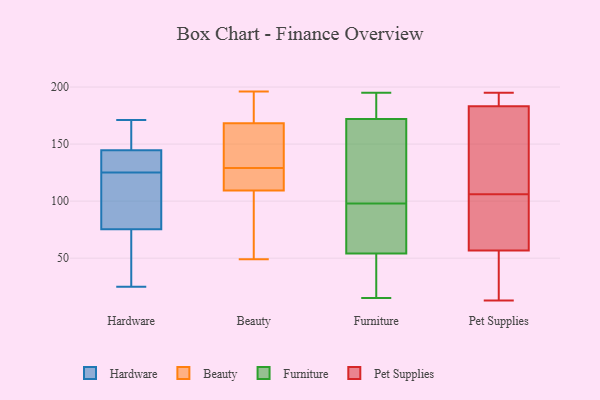
{"axis": {"x": "Revenue (USD Million)", "y": "Value"}, "legend": ["Beauty", "Furniture", "Hardware", "Pet Supplies"], "data": [{"x": "", "y": 143, "type": "Hardware"}, {"x": "", "y": 136, "type": "Hardware"}, {"x": "", "y": 51, "type": "Hardware"}, {"x": "", "y": 119, "type": "Hardware"}, {"x": "", "y": 25, "type": "Hardware"}, {"x": "", "y": 125, "type": "Hardware"}, {"x": "", "y": 132, "type": "Hardware"}, {"x": "", "y": 70, "type": "Hardware"}, {"x": "", "y": 97, "type": "Hardware"}, {"x": "", "y": 153, "type": "Hardware"}, {"x": "", "y": 105, "type": "Hardware"}, {"x": "", "y": 137, "type": "Hardware"}, {"x": "", "y": 149, "type": "Hardware"}, {"x": "", "y": 171, "type": "Hardware"}, {"x": "", "y": 77, "type": "Hardware"}, {"x": "", "y": 63, "type": "Hardware"}, {"x": "", "y": 168, "type": "Hardware"}, {"x": "", "y": 109, "type": "Beauty"}, {"x": "", "y": 140, "type": "Beauty"}, {"x": "", "y": 110, "type": "Beauty"}, {"x": "", "y": 129, "type": "Beauty"}, {"x": "", "y": 160, "type": "Beauty"}, {"x": "", "y": 89, "type": "Beauty"}, {"x": "", "y": 49, "type": "Beauty"}, {"x": "", "y": 196, "type": "Beauty"}, {"x": "", "y": 171, "type": "Beauty"}, {"x": "", "y": 179, "type": "Beauty"}, {"x": "", "y": 126, "type": "Beauty"}, {"x": "", "y": 95, "type": "Furniture"}, {"x": "", "y": 101, "type": "Furniture"}, {"x": "", "y": 195, "type": "Furniture"}, {"x": "", "y": 60, "type": "Furniture"}, {"x": "", "y": 176, "type": "Furniture"}, {"x": "", "y": 26, "type": "Furniture"}, {"x": "", "y": 15, "type": "Furniture"}, {"x": "", "y": 80, "type": "Furniture"}, {"x": "", "y": 48, "type": "Furniture"}, {"x": "", "y": 168, "type": "Furniture"}, {"x": "", "y": 181, "type": "Furniture"}, {"x": "", "y": 152, "type": "Furniture"}, {"x": "", "y": 128, "type": "Pet Supplies"}, {"x": "", "y": 184, "type": "Pet Supplies"}, {"x": "", "y": 58, "type": "Pet Supplies"}, {"x": "", "y": 106, "type": "Pet Supplies"}, {"x": "", "y": 61, "type": "Pet Supplies"}, {"x": "", "y": 194, "type": "Pet Supplies"}, {"x": "", "y": 159, "type": "Pet Supplies"}, {"x": "", "y": 52, "type": "Pet Supplies"}, {"x": "", "y": 57, "type": "Pet Supplies"}, {"x": "", "y": 195, "type": "Pet Supplies"}, {"x": "", "y": 56, "type": "Pet Supplies"}, {"x": "", "y": 13, "type": "Pet Supplies"}, {"x": "", "y": 183, "type": "Pet Supplies"}]}